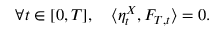
\forall t \in [ 0 , T ] , \quad \langle \eta _ { t } ^ { X } , F _ { T , t } \rangle = 0 .